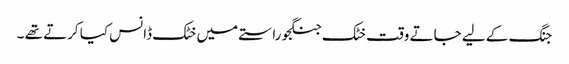
جنگ کے لیے جاتے وقت خٹک جنگجو راستے میں خٹک ڈانس کیا کرتے تھے ۔